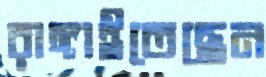
রাঙ্গাইতেছেন